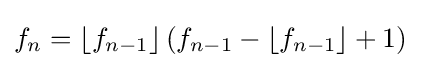
f_{n}=\left\lfloor f_{n-1}\right\rfloor (f_{n-1}-\left\lfloor f_{n-1}\right\rfloor +1)